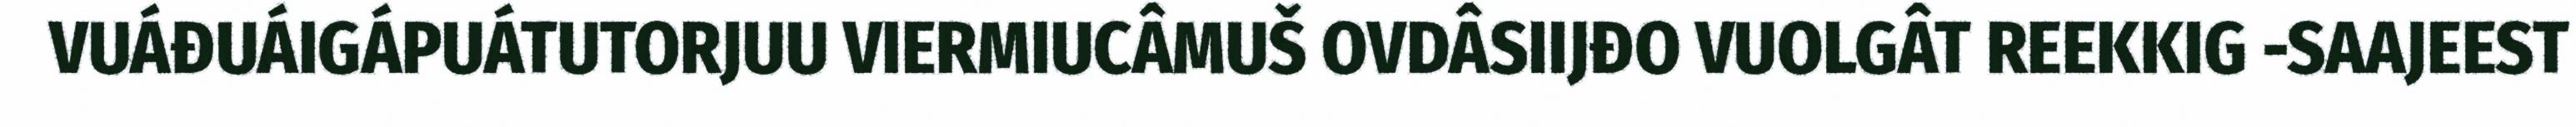
VUÁĐUÁIGÁPUÁTUTORJUU VIERMIUCÂMUŠ OVDÂSIIJĐO VUOLGÂT REEKKIG -SAAJEEST